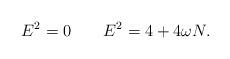
LaTeX: \begin{align*}E^2 = 0 \qquad E^2 = 4 + 4\omega N. \end{align*}